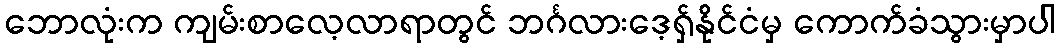
ဘောလုံးက ကျမ်းစာလေ့လာရာတွင် ဘင်္ဂလားဒေ့ရှ်နိုင်ငံမှ ကောက်ခံသွားမှာပါ